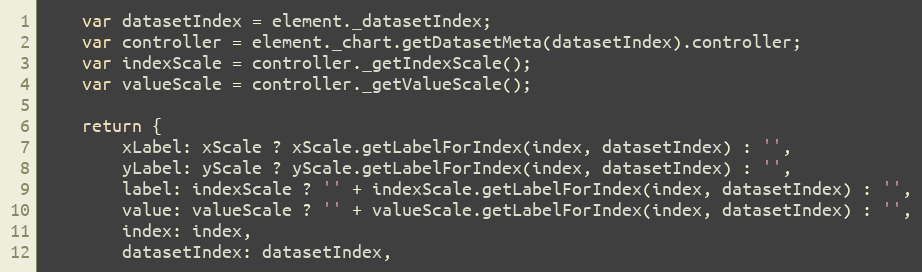
Language: JavaScript
	var datasetIndex = element._datasetIndex;
	var controller = element._chart.getDatasetMeta(datasetIndex).controller;
	var indexScale = controller._getIndexScale();
	var valueScale = controller._getValueScale();

	return {
		xLabel: xScale ? xScale.getLabelForIndex(index, datasetIndex) : '',
		yLabel: yScale ? yScale.getLabelForIndex(index, datasetIndex) : '',
		label: indexScale ? '' + indexScale.getLabelForIndex(index, datasetIndex) : '',
		value: valueScale ? '' + valueScale.getLabelForIndex(index, datasetIndex) : '',
		index: index,
		datasetIndex: datasetIndex,